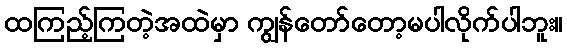
ထကြည့်ကြတဲ့အထဲမှာ ကျွန်တော်တော့မပါလိုက်ပါဘူး။